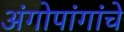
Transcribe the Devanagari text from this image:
अंगोपांगांचे